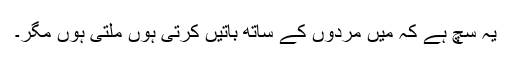
یہ سچ ہے کہ میں مردوں کے ساتھ باتیں کرتی ہوں ملتی ہوں مگر۔